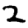
Digit: 2